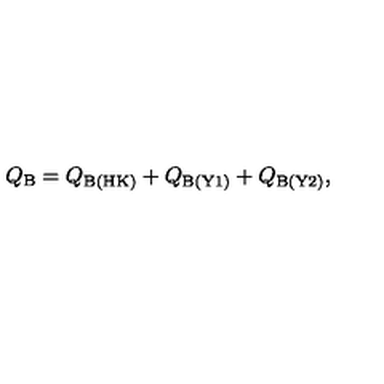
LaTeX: Q _ { \mathrm { \scriptsize B } } = Q _ { \mathrm { \scriptsize B ( H K ) } } + Q _ { \mathrm { \scriptsize B ( Y 1 ) } } + Q _ { \mathrm { \scriptsize B ( Y 2 ) } } ,